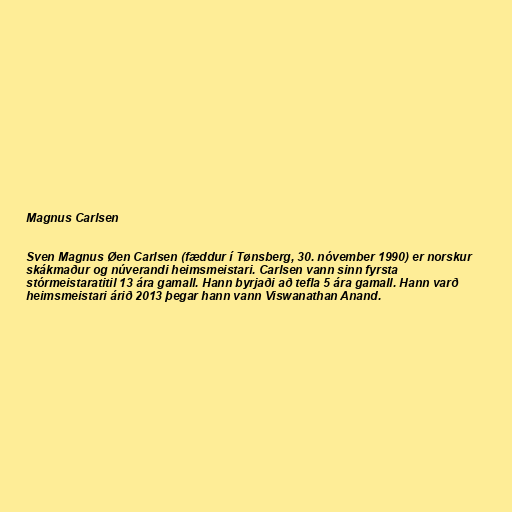
Magnus Carlsen

Sven Magnus Øen Carlsen (fæddur í Tønsberg, 30. nóvember 1990) er norskur
skákmaður og núverandi heimsmeistari. Carlsen vann sinn fyrsta
stórmeistaratitil 13 ára gamall. Hann byrjaði að tefla 5 ára gamall. Hann varð
heimsmeistari árið 2013 þegar hann vann Viswanathan Anand.